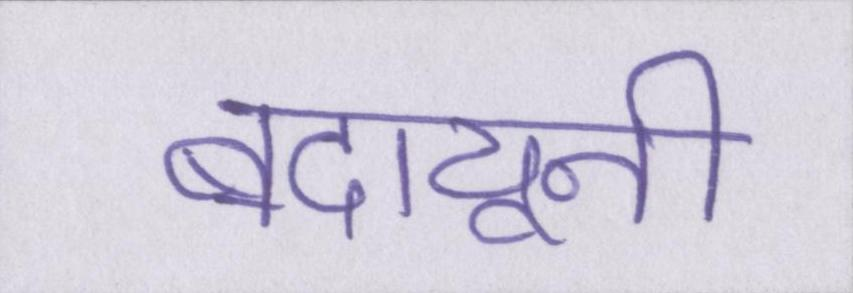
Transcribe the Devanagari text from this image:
बदायूनी